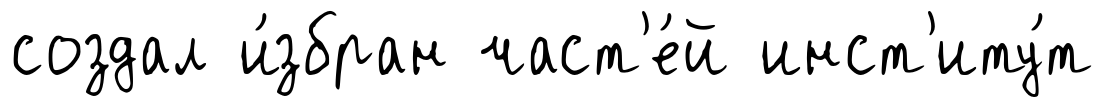
создал и́збран част'е́й инст'иту́т